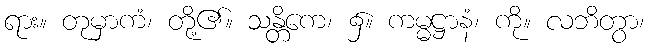
ရား။ တုမှာကံ၊ တို့၏။ သန္တိကေ၊ ၌။ ကမ္မဋ္ဌာနံ၊ ကို။ လဘိတွာ၊